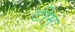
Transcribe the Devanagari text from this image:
टीम्